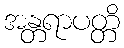
အန္တရာပတ္တိ